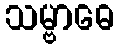
သမ္ဗာဓေ